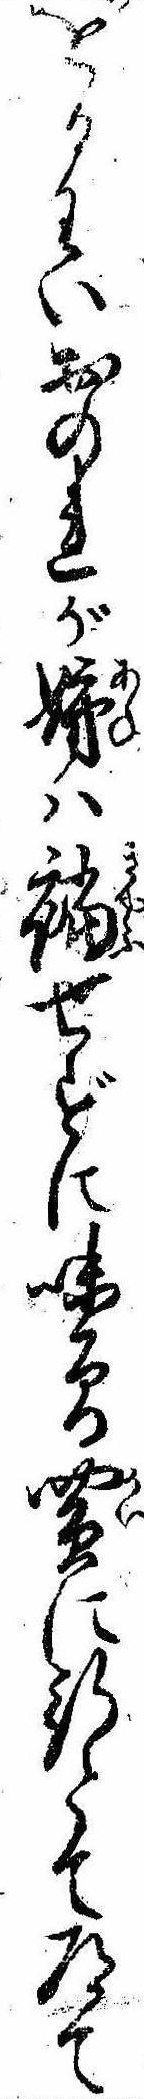
をるわいおのれが姉は襠せずに味曽買に行とて道て